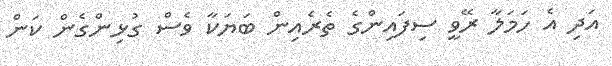
އަދި އެ ހަމަލާ ރޭވީ ސިފައިންގެ ތެރެއިން ބަޔަކާ ވެސް ގުޅިންގެން ކަން